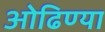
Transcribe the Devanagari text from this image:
ओढिण्या